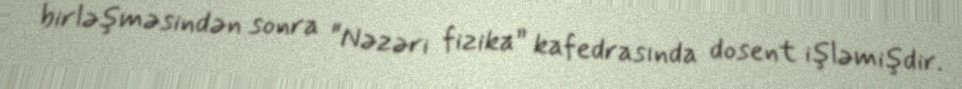
birləşməsindən sonra “Nəzəri fizika” kafedrasında dosent işləmişdir.